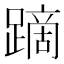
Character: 蹢